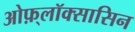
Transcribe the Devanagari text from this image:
ओफ़्लॉक्सासिन